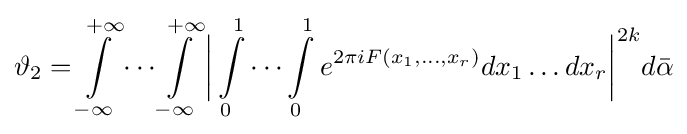
\vartheta _{2}=\int \limits _{-\infty }^{+\infty }\cdots \int \limits _{-\infty }^{+\infty }{\biggl |}\int \limits _{0}^{1}\cdots \int \limits _{0}^{1}e^{2\pi iF(x_{1},\ldots ,x_{r})}dx_{1}\ldots dx_{r}{\biggr |}^{2k}d{\bar {\alpha }}